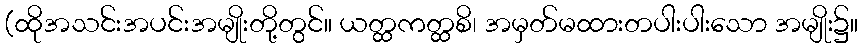
(ထိုအသင်းအပင်းအမျိုးတို့တွင်။ ယတ္ထကတ္ထစိ၊ အမှတ်မထားတပါးပါးသော အမျိုး၌။